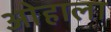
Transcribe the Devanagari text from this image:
ओहाला